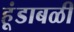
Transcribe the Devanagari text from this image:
हूंडाबळी